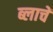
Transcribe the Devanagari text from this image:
ब्लाचें